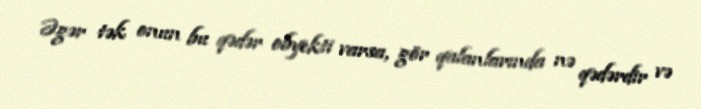
Əgər tək onun bu qədər obyekti varsa, gör qalanlarında nə qədərdir və